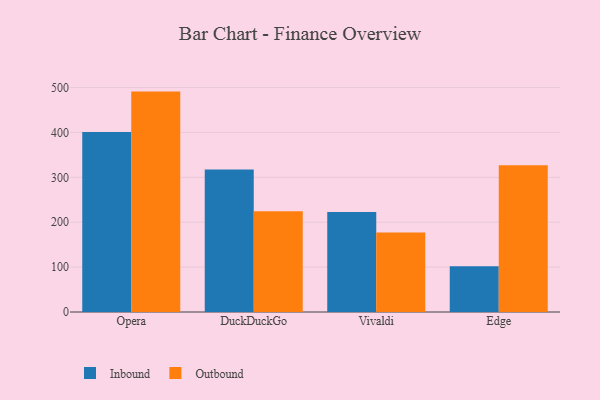
{"axis": {"x": "Browser", "y": "Latency (ms)"}, "legend": ["Inbound", "Outbound"], "data": [{"x": "Opera", "y": 401.1, "type": "Inbound"}, {"x": "Opera", "y": 490.9, "type": "Outbound"}, {"x": "DuckDuckGo", "y": 317.3, "type": "Inbound"}, {"x": "DuckDuckGo", "y": 224.2, "type": "Outbound"}, {"x": "Vivaldi", "y": 222.5, "type": "Inbound"}, {"x": "Vivaldi", "y": 177.1, "type": "Outbound"}, {"x": "Edge", "y": 102.1, "type": "Inbound"}, {"x": "Edge", "y": 326.6, "type": "Outbound"}]}